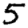
Digit: 5